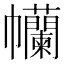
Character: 𢆄